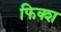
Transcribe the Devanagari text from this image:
फिक्श